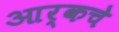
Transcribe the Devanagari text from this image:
आर्कचे